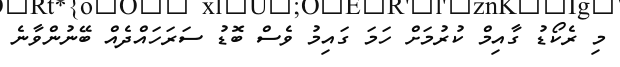
މި ރެކޯޑު ގާއިމް ކުރުމަށް ހަމަ ގައިމު ވެސް ބޮޑު ސަރަހައްދެއް ބޭނުންވާނެ